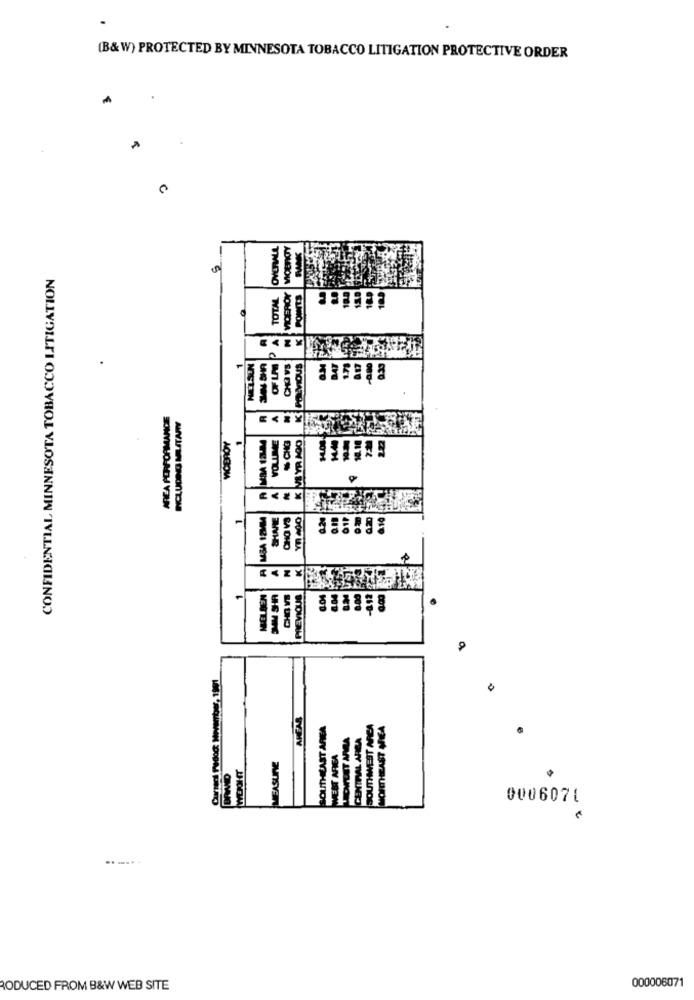
(B&W) PROTECTED BY MINNESOTA TOBACCO LITIGATION PROTECTIVE ORDER
CONFIDENTIAL MINNESOTA TOBACCO LITIGATION
TOTAL
.
MELSEN
OF LA
CHO vs
POWVOUS
AREA PERFORMANCE
INCLUDING MILITARY
VICEROY
MSA 12MMA
SHARE
CHO VS
Yn 400
MELDEN
- SHR
PREVIOUS
8.04
0
AHEAR
SOUTHEAST AFFER
SOUTHWEST AREA
NORTHEAST NEA
CENTRAL AFRA
WEST AFVEA
MEASURE
0006071
.. .. ..
000006071
RODUCED FROM B&W WEB SITE